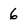
Character: 6